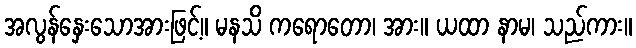
အလွန်နှေးသောအားဖြင့်။ မနသိ ကရောတော၊ အား။ ယထာ နာမ၊ သည်ကား။